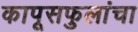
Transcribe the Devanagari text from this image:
कापूसफुलांचा